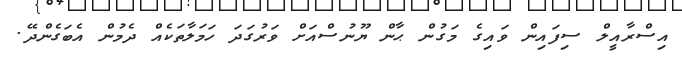
އިސްރާއީލް ސިފައިން ވައިގެ މަގުން ޙާން ޔޫނުސްއަށް ވަރުގަދަ ހަމަލާތަކެއް ދެމުން އެބަގެންދޭ.